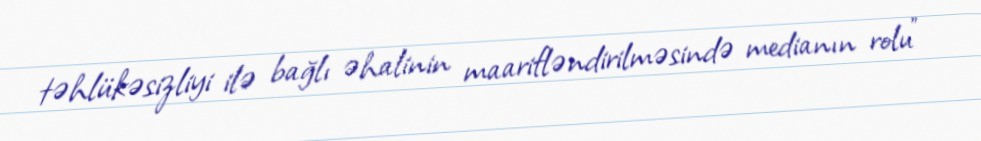
təhlükəsizliyi ilə bağlı əhalinin maarifləndirilməsində medianın rolu”